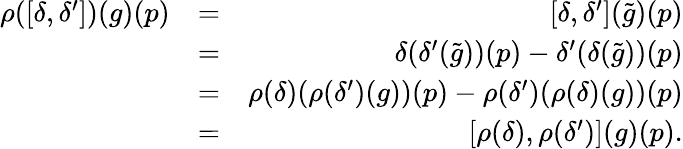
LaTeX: \begin{array}{rlr}{\rho([\delta,\delta^{\prime}])(g)(p)}&{=}&{[\delta,\delta^{\prime}](\tilde{g})(p)}\\ &{=}&{\delta(\delta^{\prime}(\tilde{g}))(p)-\delta^{\prime}(\delta(\tilde{g}))(p)}\\ &{=}&{\rho(\delta)(\rho(\delta^{\prime})(g))(p)-\rho(\delta^{\prime})(\rho(\delta)(g))(p)}\\ &{=}&{[\rho(\delta),\rho(\delta^{\prime})](g)(p).}\end{array}